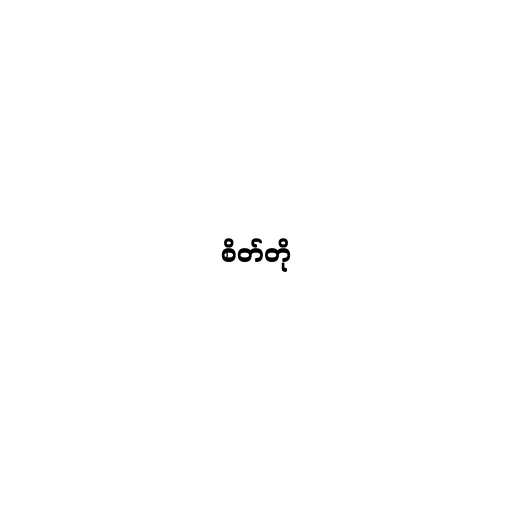
စိတ်တို